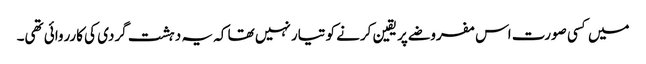
میں کسی صورت اس مفروضے پر یقین کرنے کو تیار نہیں تھا کہ یہ دہشت گردی کی کارروائی تھی۔